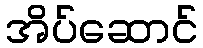
အိပ်ဆောင်